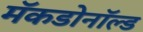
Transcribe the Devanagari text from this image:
मॅकडोनॉल्ड